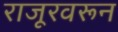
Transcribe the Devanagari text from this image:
राजूरवरून